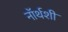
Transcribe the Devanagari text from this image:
नॉर्थशी